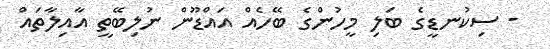
- ސިކުނޑީގެ ބަލި މީހުންގެ ބޭހެއް އައްޑޫން ނުލިބޭތީ އާއިލާތައް